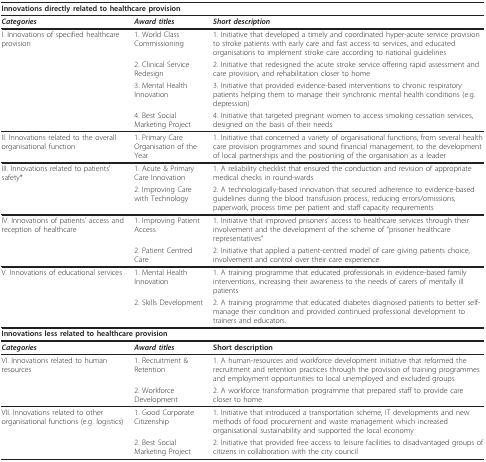
<table><thead><tr><td colspan="3"><b>Innovations directly related to healthcare provision</b></td></tr></thead><tbody><tr><td><b><i>Categories</i></b></td><td><b><i>Award titles</i></b></td><td><b><i>Short description </i></b></td></tr><tr><td>I. Innovations of specified healthcare provision</td><td>1. World Class Commissioning</td><td>1. Initiative that developed a timely and coordinated hyper-acute service provision to stroke patients with early care and fast access to services, and educated organisations to implement stroke care according to national guidelines</td></tr><tr><td></td><td>2. Clinical Service Redesign</td><td>2. Initiative that redesigned the acute stroke service offering rapid assessment and care provision, and rehabilitation closer to home</td></tr><tr><td></td><td>3. Mental Health Innovation</td><td>3. Initiative that provided evidence-based interventions to chronic respiratory patients helping them to manage their synchronic mental health conditions (e.g. depression)</td></tr><tr><td></td><td>4. Best Social Marketing Project</td><td>4. Initiative that targeted pregnant women to access smoking cessation services, designed on the basis of their needs</td></tr><tr><td>II. Innovations related to the overall organisational function</td><td>1. Primary Care Organisation of the Year</td><td>1. Initiative that concerned a variety of organisational functions, from several health care provision programmes and sound financial management, to the development of local partnerships and the positioning of the organisation as a leader</td></tr><tr><td>III. Innovations related to patients&#x27; safety*</td><td>1. Acute &amp; Primary Care Innovation</td><td>1. A reliability checklist that ensured the conduction and revision of appropriate medical checks in round-wards</td></tr><tr><td></td><td>2. Improving Care with Technology</td><td>2. A technologically-based innovation that secured adherence to evidence-based guidelines during the blood transfusion process, reducing errors/omissions, paperwork, process time per patient and staff capacity requirements</td></tr><tr><td>IV. Innovations of patients&#x27; access and reception of healthcare</td><td>1. Improving Patient Access</td><td>1. Initiative that improved prisoners&#x27; access to healthcare services through their involvement and the development of the scheme of &quot;prisoner healthcare representatives&quot;</td></tr><tr><td></td><td>2. Patient Centred Care</td><td>2. Initiative that applied a patient-centred model of care giving patients choice, involvement and control over their care experience</td></tr><tr><td>V. Innovations of educational services</td><td>1. Mental Health Innovation</td><td>1. A training programme that educated professionals in evidence-based family interventions, increasing their awareness to the needs of carers of mentally ill patients</td></tr><tr><td></td><td>2. Skills Development</td><td>2. A training programme that educated diabetes diagnosed patients to better self-manage their condition and provided continued professional development to trainers and educators.</td></tr><tr><td colspan="3"><b>Innovations less related to healthcare provision</b></td></tr><tr><td><b><i>Categories</i></b></td><td><b><i>Award titles</i></b></td><td><b>Short description</b></td></tr><tr><td>VI. Innovations related to human resources</td><td>1. Recruitment &amp; Retention</td><td>1. A human-resources and workforce development initiative that reformed the recruitment and retention practices through the provision of training programmes and employment opportunities to local unemployed and excluded groups</td></tr><tr><td></td><td>2. Workforce Development</td><td>2. A workforce transformation programme that prepared staff to provide care closer to home</td></tr><tr><td>VII. Innovations related to other organisational functions (e.g. logistics)</td><td>1. Good Corporate Citizenship</td><td>1. Initiative that introduced a transportation scheme, IT developments and new methods of food procurement and waste management which increased organisational sustainability and supported the local economy</td></tr><tr><td></td><td>2. Best Social Marketing Project</td><td>2. Initiative that provided free access to leisure facilities to disadvantaged groups of citizens in collaboration with the city council</td></tr></tbody></table>